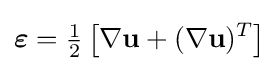
{\boldsymbol {\varepsilon }}={\tfrac {1}{2}}\left[\nabla \mathbf {u} +(\nabla \mathbf {u} )^{T}\right]